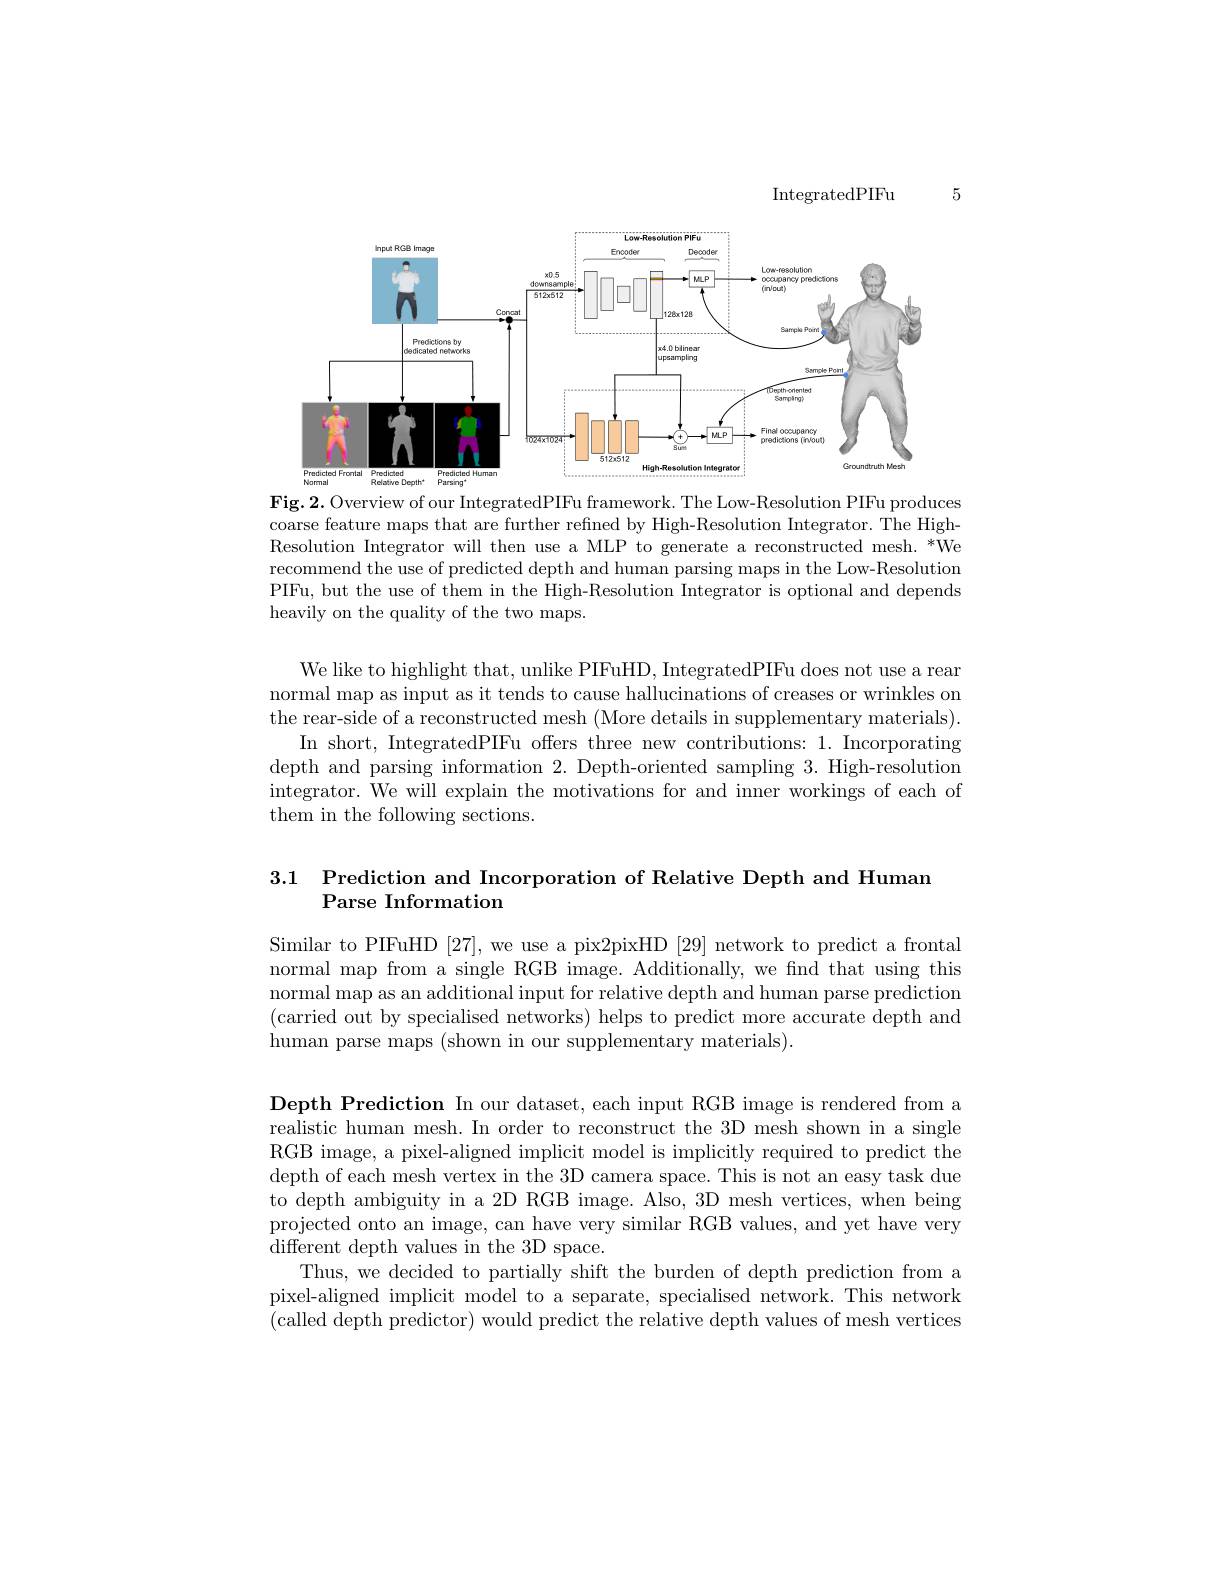
5

IntegratedPIFu

<FigureHere>

Fig.2. Overview of our IntegratedPIFu framework. The Low-Resolution PIFu produces coarse feature maps that are further refined by High-Resolution Integrator. The HighResolution Integrator will then use a MLP to generate a reconstructed mesh. *We recommend the use of predicted depth and human parsing maps in the Low-Resolution PIFu, but the use of them in the High-Resolution Integrator is optional and depends heavily on the quality of the two maps.

We like to highlight that, unlike PIFuHD, IntegratedPIFu does not use a rear normal map as input as it tends to cause hallucinations of creases or wrinkles on the rear-side of a reconstructed mesh (More details in supplementary materials).
In short, IntegratedPIFu offers three new contributions: 1. Incorporating depth and parsing information 2. Depth-oriented sampling 3. High-resolution integrator. We will explain the motivations for and inner workings of each of them in the following sections.

### 3.1 Prediction and Incorporation of Relative Depth and Human Parse Information

Similar to PIFuHD [27], we use a pix2pixHD [29] network to predict a frontal normal map from a single RGB image. Additionally, we fnd that using this normal map as an additional input for relative depth and human parse prediction (carried out by specialised networks) helps to predict more accurate depth and human parse maps (shown in our supplementary materials).

Depth Prediction In our dataset, each input RGB image is rendered from a realistic human mesh. In order to reconstruct the 3D mesh shown in a single RGB image, a pixel-aligned implicit model is implicitly required to predict the depth of each mesh vertex in the 3D camera space. This is not an easy task due to depth ambiguity in a 2D RGB image. Also, 3D mesh vertices, when being projected onto an image, can have very similar RGB values, and yet have very different depth values in the 3D space.
Thus, we decided to partially shift the burden of depth prediction from a pixel-aligned implicit model to a separate, specialised network. This network (called depth predictor) would predict the relative depth values of mesh vertices